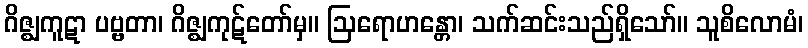
ဂိဇ္ဈကူဋာ ပဗ္ဗတာ၊ ဂိဇ္ဈကုဋ်တော်မှ။ ဩရောဟန္တော၊ သက်ဆင်းသည်ရှိသော်။ သူစိလောမံ၊